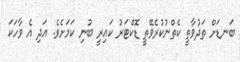
ބަނޑަށް ތަދުވާތީ ކެތްނުކުރެވޭތީ ޑޮކްޓަރު ކައިރީ ބުނި ކަމަށެވެ. އަދި އެ ވާހަކަ